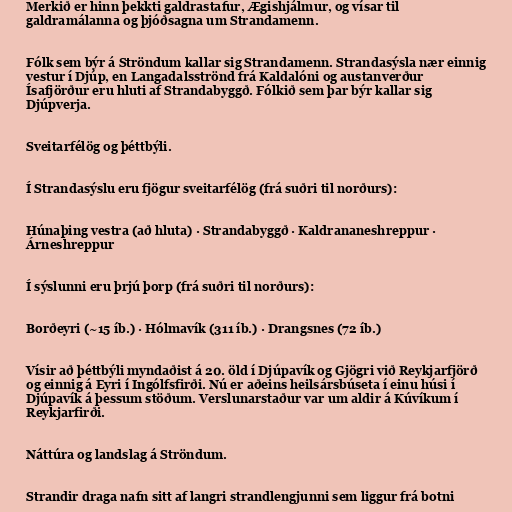
Merkið er hinn þekkti galdrastafur, Ægishjálmur, og vísar til
galdramálanna og þjóðsagna um Strandamenn.

Fólk sem býr á Ströndum kallar sig Strandamenn. Strandasýsla nær einnig
vestur í Djúp, en Langadalsströnd frá Kaldalóni og austanverður
Ísafjörður eru hluti af Strandabyggð. Fólkið sem þar býr kallar sig
Djúpverja.

Sveitarfélög og þéttbýli.

Í Strandasýslu eru fjögur sveitarfélög (frá suðri til norðurs):

Húnaþing vestra (að hluta) · Strandabyggð · Kaldrananeshreppur ·
Árneshreppur

Í sýslunni eru þrjú þorp (frá suðri til norðurs):

Borðeyri (~15 íb.) · Hólmavík (311 íb.) · Drangsnes (72 íb.)

Vísir að þéttbýli myndaðist á 20. öld í Djúpavík og Gjögri við Reykjarfjörð
og einnig á Eyri í Ingólfsfirði. Nú er aðeins heilsársbúseta í einu húsi í
Djúpavík á þessum stöðum. Verslunarstaður var um aldir á Kúvíkum í
Reykjarfirði.

Náttúra og landslag á Ströndum.

Strandir draga nafn sitt af langri strandlengjunni sem liggur frá botni